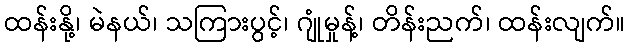
ထန်းနို့၊ မဲနယ်၊ သကြားပွင့်၊ ဂျုံမှုန့်၊ တိန်းညက်၊ ထန်းလျက်။